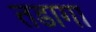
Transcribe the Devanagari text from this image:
तडागा